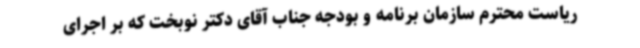
ریاست محترم سازمان برنامه و بودجه جناب آقای دکتر نوبخت که بر اجرای